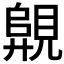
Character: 𧡦